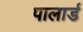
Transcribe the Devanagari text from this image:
पालार्ड